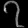
Digit: ၇